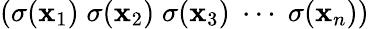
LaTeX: (\sigma(\mathbf{x}_{1})\; \sigma(\mathbf{x}_{2})\; \sigma(\mathbf{x}_{3})\; \cdots\; \sigma(\mathbf{x}_{n}))